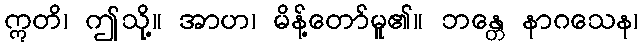
ဣတိ၊ ဤသို့။ အာဟ၊ မိန့်တော်မူ၏။ ဘန္တေ နာဂသေန၊